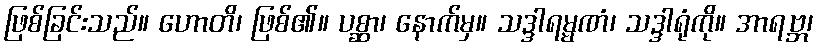
ဖြစ်ခြင်းသည်။ ဟောတိ၊ ဖြစ်၏။ ပစ္ဆာ၊ နောက်မှ။ သဒ္ဒါရမ္မဏံ၊ သဒ္ဒါရုံကို။ အာရဗ္ဘ၊